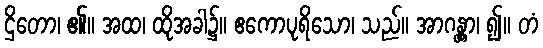
ဌိတော၊ ၏။ အထ၊ ထိုအခါ၌။ ဧကောပုရိသော၊ သည်။ အာဂန္တွာ၊ ၍။ တံ